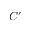
C ^ { \prime }